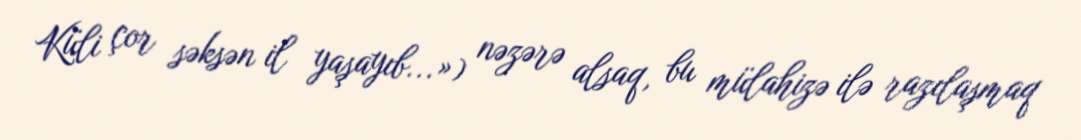
Küli çor səksən il yaşayıb...») nəzərə alsaq, bu mülahizə ilə razılaşmaq